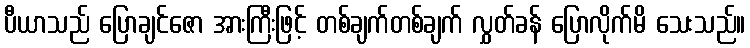
ပီယာသည် ပြောချင်ဇော အားကြီးဖြင့် တစ်ချက်တစ်ချက် လွှတ်ခန် ပြောလိုက်မိ သေးသည်။